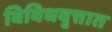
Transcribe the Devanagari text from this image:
विविधवृत्तात